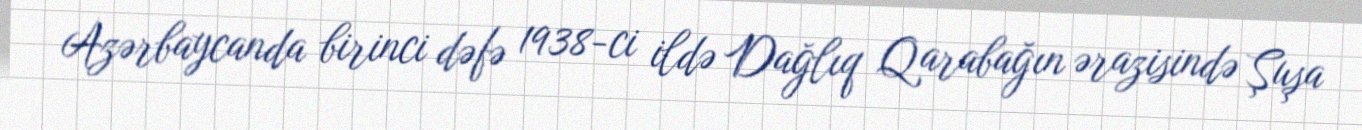
Azərbaycanda birinci dəfə 1938-ci ildə Dağlıq Qarabağın ərazisində Şuşa